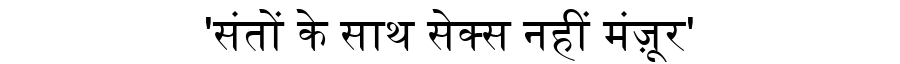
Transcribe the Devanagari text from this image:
'संतों के साथ सेक्स नहीं मंज़ूर'